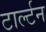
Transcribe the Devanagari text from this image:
टार्ल्टन